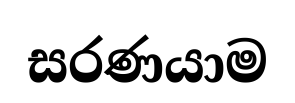
සරණයාම